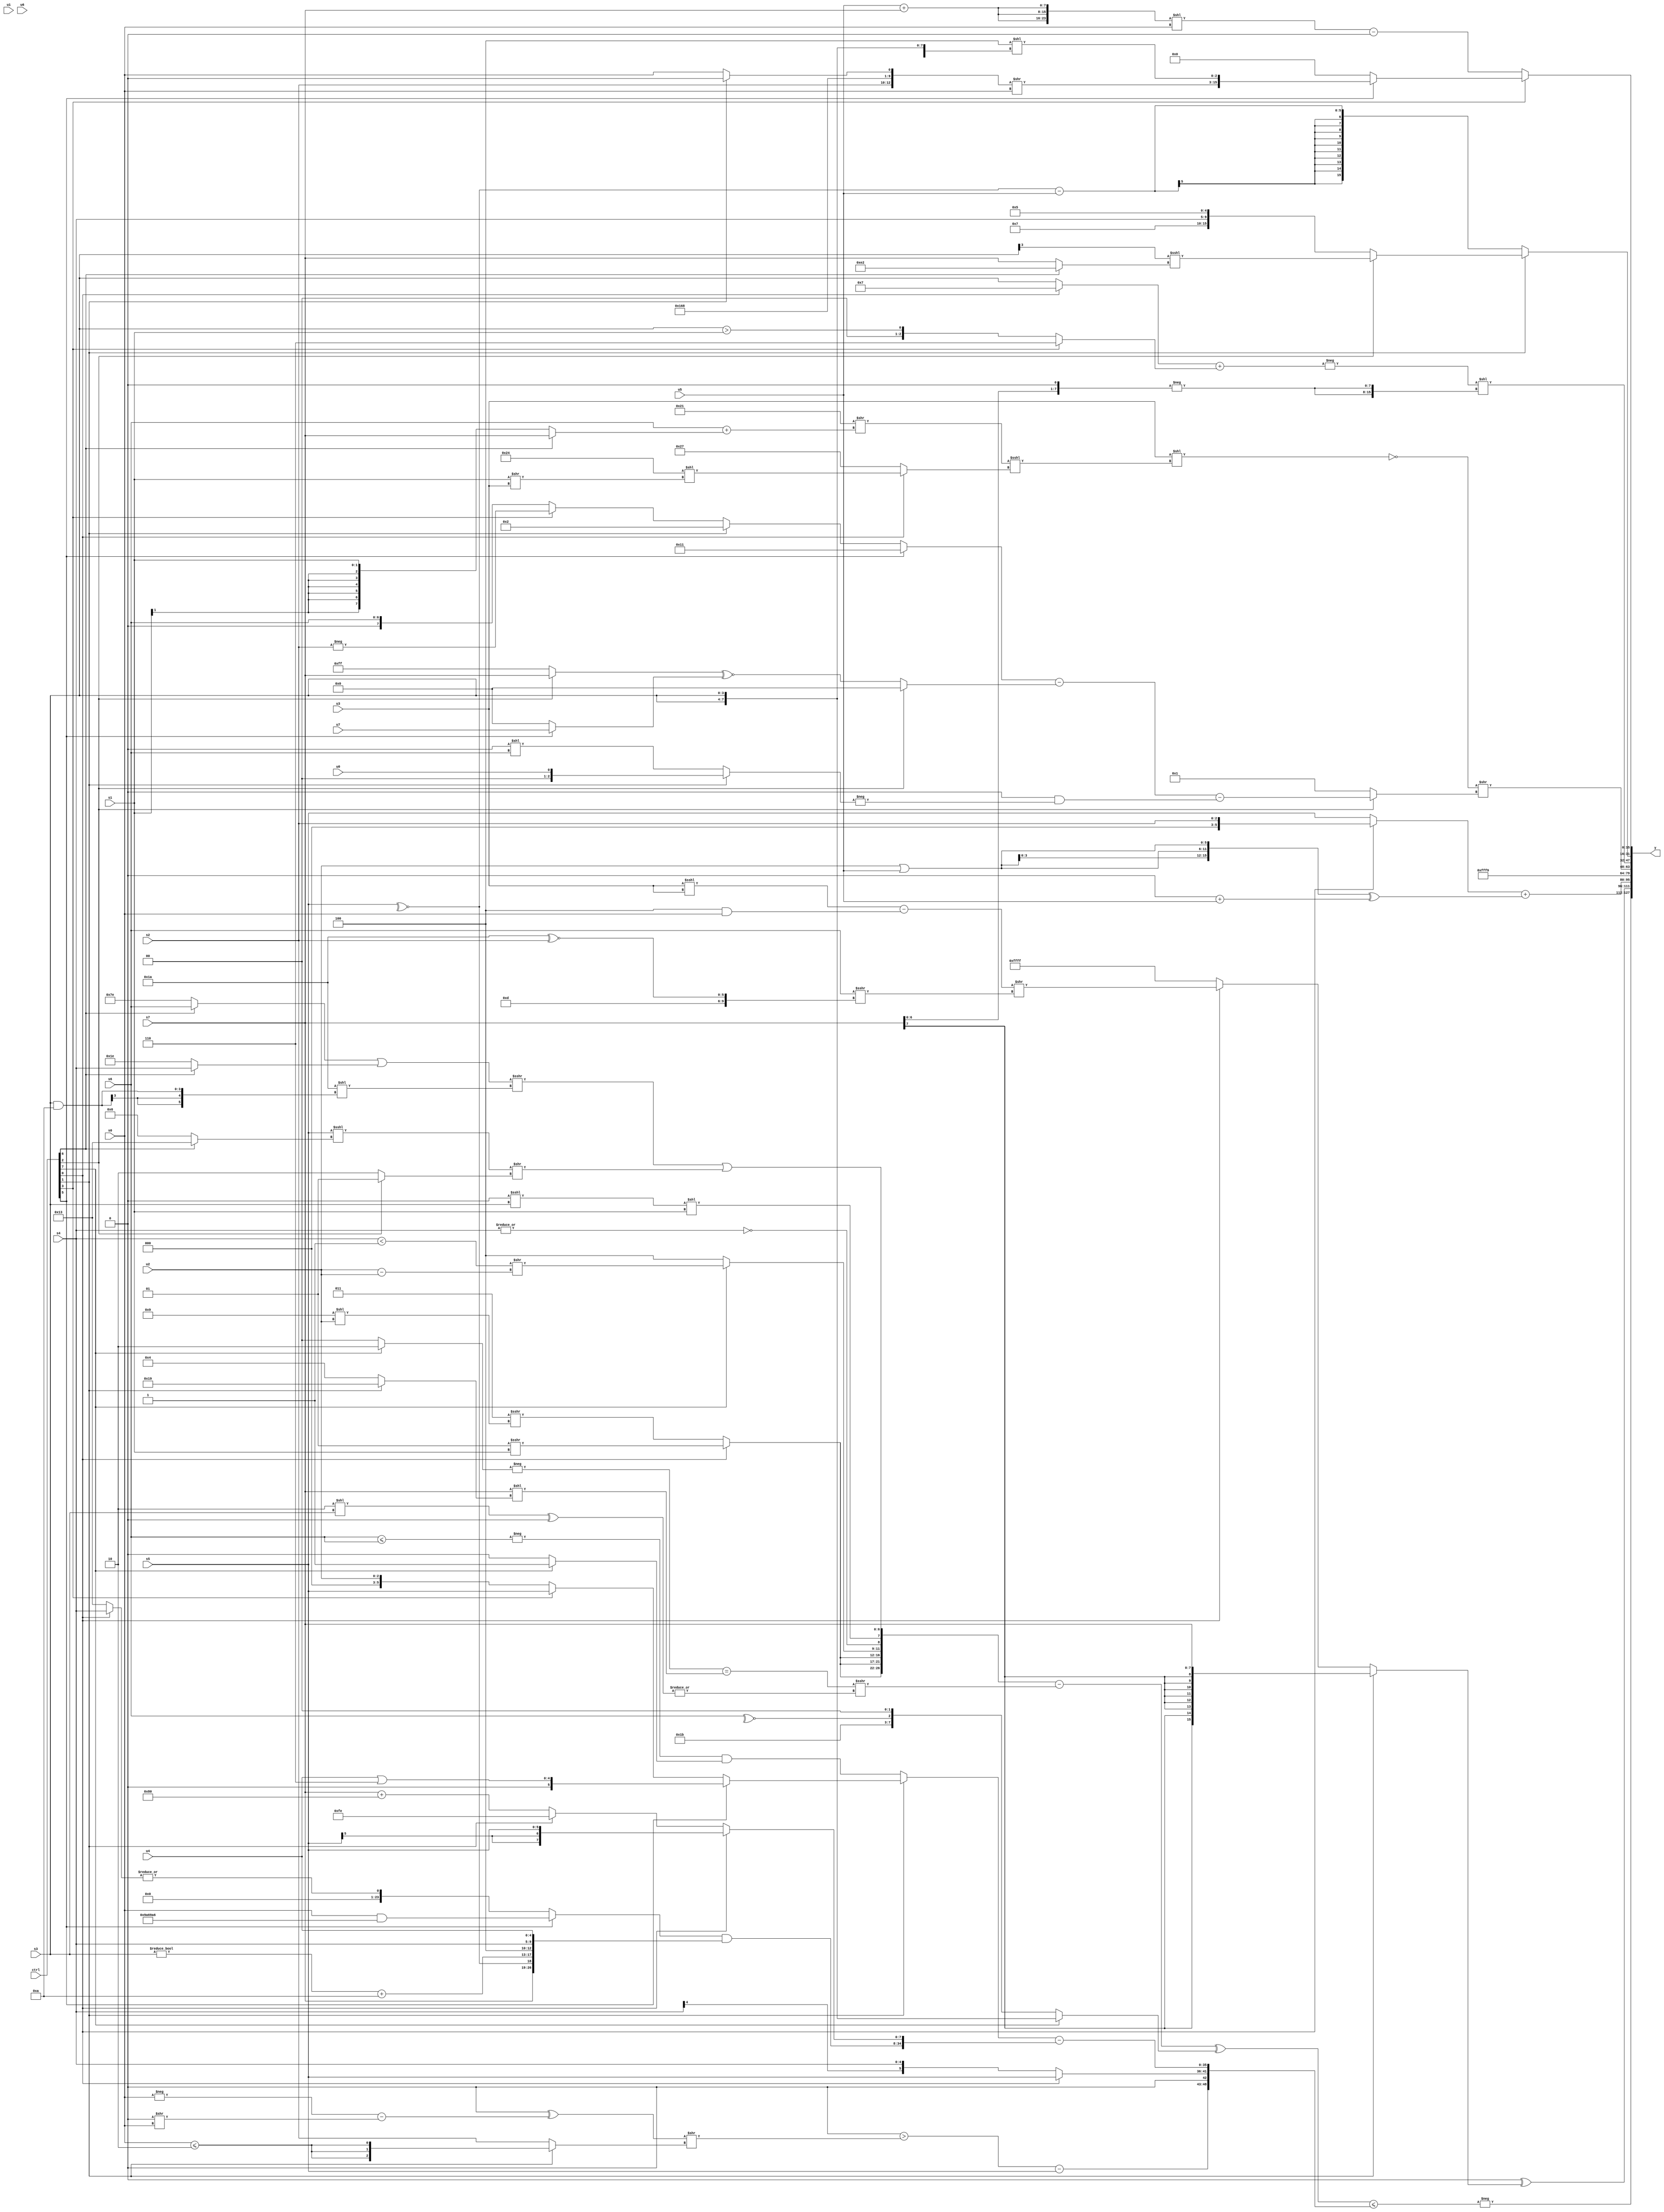
module wideexpr_00508(ctrl, u0, u1, u2, u3, u4, u5, u6, u7, s0, s1, s2, s3, s4, s5, s6, s7, y);
  input [7:0] ctrl;
  input [0:0] u0;
  input [1:0] u1;
  input [2:0] u2;
  input [3:0] u3;
  input [4:0] u4;
  input [5:0] u5;
  input [6:0] u6;
  input [7:0] u7;
  input signed [0:0] s0;
  input signed [1:0] s1;
  input signed [2:0] s2;
  input signed [3:0] s3;
  input signed [4:0] s4;
  input signed [5:0] s5;
  input signed [6:0] s6;
  input signed [7:0] s7;
  output [127:0] y;
  wire [15:0] y0;
  wire [15:0] y1;
  wire [15:0] y2;
  wire [15:0] y3;
  wire [15:0] y4;
  wire [15:0] y5;
  wire [15:0] y6;
  wire [15:0] y7;
  assign y = {y0,y1,y2,y3,y4,y5,y6,y7};
  assign y0 = -(((({{3{(ctrl[0]?(2'sb01)>>>(s1):($signed(5'sb00011))>>>((4'b1001)<<(u2)))}},{(ctrl[7]?((s4)<(2'b01))>>((u2)-(u2)):(ctrl[7]?1'sb0:-(3'sb100))),~|({4{{2{s4}}}}),(((1'sb1)<<(2'sb01))<<<(s3))<<(s1)},((((ctrl[6]?s6:3'sb110))|((ctrl[6]?s4:2'sb10)))>>>(((6'sb100001)^~(6'sb000100))<<((s3)&(6'sb111010))))|((((s5)<<(1'sb0))<<<((ctrl[6]?5'b10011:5'sb00110)))>>((ctrl[2]?-(1'sb1):(2'sb01)^(4'sb0011))))})-(((-((ctrl[7]?4'sb0010:(4'sb1111)<<(4'sb1010))))==($signed(($signed(s7))<<((ctrl[1]?6'sb011001:3'b100)))))>>>($signed(|(((3'sb110)<<(s3))^((2'sb00)>>>(1'b0)))))))^($unsigned((ctrl[7]?{2{s3}}:{{{2{$signed(3'b011)}}},-(~^(s6)),(ctrl[3]?$signed((2'sb00)&(1'sb1)):(ctrl[3]?(s0)<<(s3):(s0)>>(6'b000011)))}))))<=({((4'sb0000)>(((+(~^(2'sb01)))^((-(s0))-((4'sb0000)>>(s0))))>>((ctrl[1]?{3{(s0)<=(4'b0010)}}:s2))))-($unsigned(s5)),1'sb0,+((ctrl[0]?s5:s4)),($unsigned((ctrl[1]?(ctrl[5]?$signed((u4)|(3'b110)):(ctrl[3]?$signed(s5):$signed(u2))):(-((s6)<=(s6)))&((ctrl[7]?$signed(1'sb1):$signed(2'sb00))))))-({((ctrl[5]?(s0)&({4{6'sb100110}}):|((ctrl[0]?s4:5'sb10011))))&({(-(5'b00010))<=($signed(3'sb111)),{s7,~^(s5)},((s3)!=(2'sb00))+((3'b000)-(5'sb10110)),$signed({3'sb100,s4,u4})}),(ctrl[0]?s5:(ctrl[1]?2'sb10:($signed(s7))+((6'sb010000)<<(2'b11))))})}));
  assign y1 = (1'sb0)^((ctrl[1]?+(s7):(ctrl[0]?((($signed(u3))<<<($unsigned(u3)))-((+(5'sb11100))&(s0)))>>(($signed({s6}))>>>({+(4'sb1101),(6'sb011010)^~(s2)})):(ctrl[0]?5'sb01110:1'sb1))));
  assign y2 = ((ctrl[0]?s2:s5))+(+(({4{$signed(($signed(u2))|(u5))}})^((~|($signed(4'sb0001)))+(u5))));
  assign y3 = 4'sb1001;
  assign y4 = +((!($signed((u3)<<(((6'sb100001)>>((s6)+((ctrl[6]?s7:s1))))<<<((ctrl[0]?(6'sb100100)<<((s1)>>(u3)):+(6'b100111)))))))>>((ctrl[2]?(((ctrl[5]?$signed(5'sb10001):(ctrl[1]?3'sb010:(ctrl[3]?-(s2):s6))))-((ctrl[2]?(1'sb0)<<<(((4'sb1000)&(6'sb000000))|(4'sb1101)):($signed((ctrl[2]?s7:1'sb1)))^~((ctrl[5]?$signed(u7):(s2)<<<(6'b001010))))))-((2'sb00)&(-((ctrl[1]?u0:$unsigned((3'sb000)<<(s6)))))):1'sb1)));
  assign y5 = (-((((ctrl[0]?3'sb111:s3))>>((4'b1001)<<(4'b0100)))+((ctrl[3]?$unsigned(4'b0110):(s3)>(s1)))))<<({2{-(+((s7)<<<(1'b1)))}});
  assign y6 = (ctrl[1]?$signed((ctrl[2]?((s3)>>(4'b0011))<<<((ctrl[6]?6'sb100010:s7)):+({2'sb10,6'b000111,s4,5'sb00101}))):$signed((~^(s5))-(u5)));
  assign y7 = (ctrl[3]?(ctrl[5]?{({$signed(s2),$signed(6'sb101101),(ctrl[1]?4'b0000:s0)})>>(s0),(($signed(3'sb100))-((1'b0)>>(1'sb0)))<<({4{s3}})}:1'b0):({(!(-(s2)))<<<(s5),1'sb1,({3{(u5)+(s7)}})<<($unsigned(s0))})-($signed(1'sb0)));
endmodule